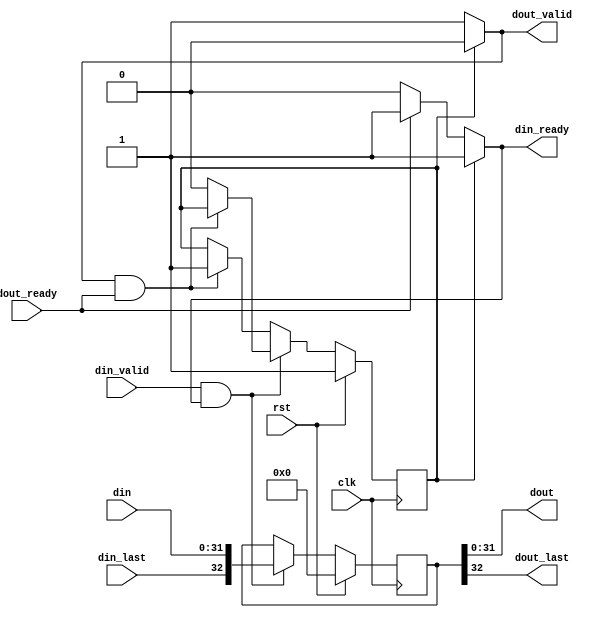
/*--------------------------------------------------------------------------------*/
/* Implementation by Pedro Maat C. Massolino,                                     */
/* hereby denoted as "the implementer".                                           */
/*                                                                                */
/* To the extent possible under law, the implementer has waived all copyright     */
/* and related or neighboring rights to the source code in this file.             */
/* http://creativecommons.org/publicdomain/zero/1.0/                              */
/*--------------------------------------------------------------------------------*/
`default_nettype    none

module subterranean_lwc_buffer_out
#(parameter G_WIDTH = 32
)
(
    input wire clk,
    input wire rst,
    // In
    input wire [(G_WIDTH-1):0] din,
    input wire din_last,
    input wire din_valid,
    output wire din_ready,
    // Out
    output wire [(G_WIDTH-1):0] dout,
    output wire dout_last,
    output wire dout_valid,
    input wire dout_ready
);

reg [G_WIDTH:0] reg_data, next_data;
reg reg_data_empty, next_data_empty;

reg int_din_ready;
reg int_dout_valid;

wire din_valid_and_ready;
wire dout_valid_and_ready;

assign din_valid_and_ready = din_valid & int_din_ready;
assign dout_valid_and_ready = int_dout_valid & dout_ready;

always @(posedge clk) begin
    reg_data <= next_data;
    reg_data_empty <= next_data_empty;
end

always @(*) begin
    if(rst == 1'b1) begin
        next_data = {(G_WIDTH+1){1'b0}};
    end else begin
        if(din_valid_and_ready == 1'b1) begin
            next_data = {din_last,din};
        end else begin
            next_data = reg_data;
        end
    end
end

always @(*) begin
    if(rst == 1'b1) begin
        next_data_empty = 1'b1;
    end else begin
        if((din_valid_and_ready == 1'b1)) begin
            if(dout_valid_and_ready == 1'b0) begin
                next_data_empty = 1'b0;
            end else begin
                next_data_empty = reg_data_empty;
            end
        end else begin
            if(dout_valid_and_ready == 1'b1) begin
                next_data_empty = 1'b1;
            end else begin
                next_data_empty = reg_data_empty;
            end
        end
    end
end

always @(*) begin
    if(reg_data_empty == 1'b1) begin
        int_din_ready = 1'b1;
    end else begin
        if(dout_ready == 1'b1) begin
            int_din_ready = 1'b1;
        end else begin
            int_din_ready = 1'b0;
        end
    end
end

always @(*) begin
    if(reg_data_empty == 1'b0) begin
        int_dout_valid = 1'b1;
    end else begin
        int_dout_valid = 1'b0;
    end
end

assign din_ready = int_din_ready;
assign dout = reg_data[G_WIDTH-1:0]; 
assign dout_last = reg_data[G_WIDTH];
assign dout_valid = int_dout_valid;

endmodule